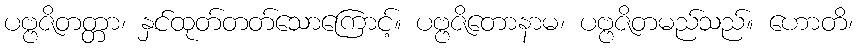
ပဗ္ဗဇိတတ္တာ၊ နှင်ထုတ်တတ်သောကြောင့်။ ပဗ္ဗဇိတောနာမ၊ ပဗ္ဗဇိတမည်သည်။ ဟောတိ၊